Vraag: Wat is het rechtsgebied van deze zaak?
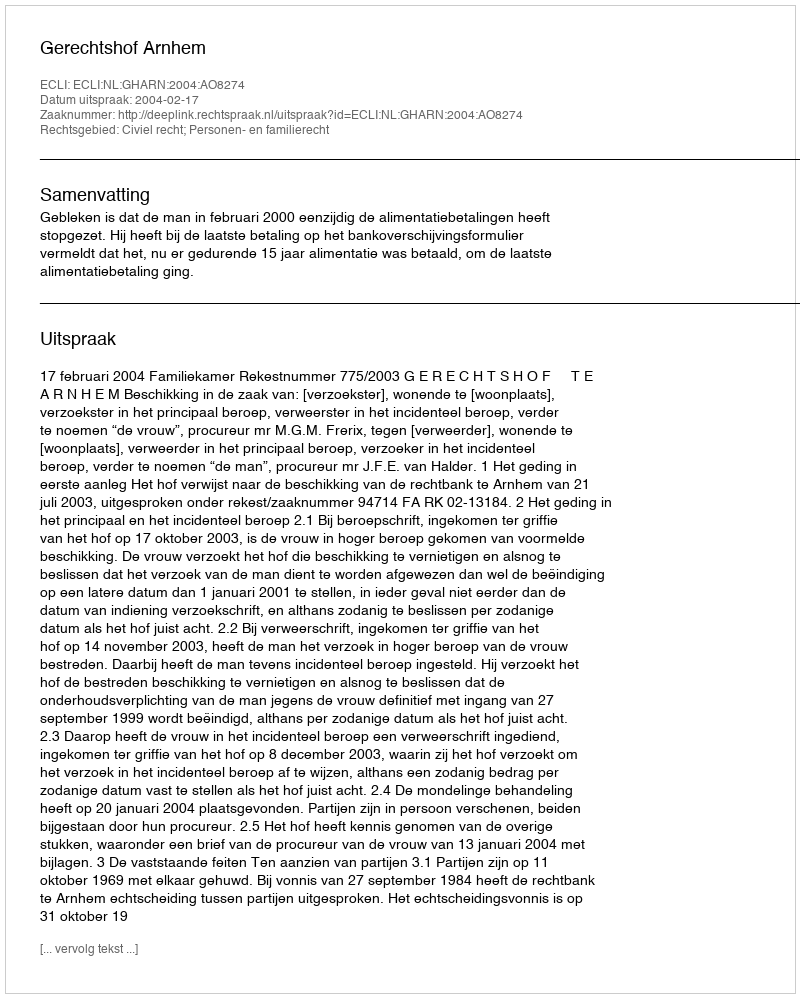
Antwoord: Civiel recht; Personen- en familierecht